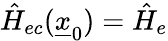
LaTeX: \hat{H}_{ec}(\underline{{x}}_{0})=\hat{H}_{e}